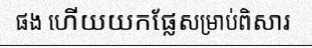
ផង ហើយយកផ្លែសម្រាប់ពិសារ